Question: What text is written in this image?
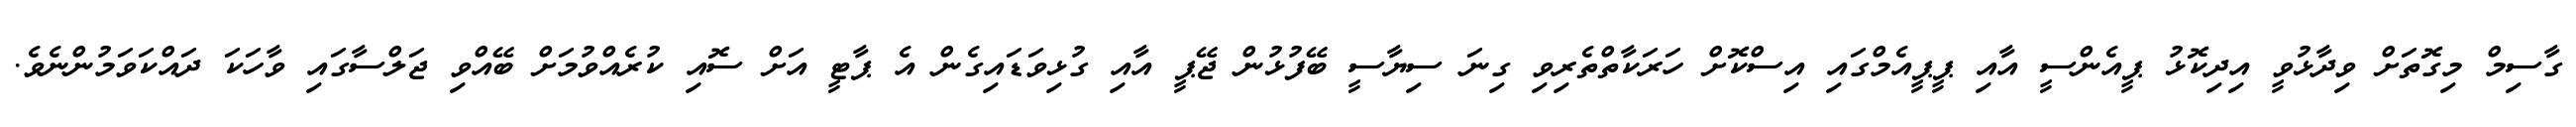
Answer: ގާސިމް މިގޮތަށް ވިދާޅުވީ އިދިކޮޅު ޕީއެންސީ އާއި ޕީޕީއެމްގައި އިސްކޮށް ހަރަކާތްތެރިވި ގިނަ ސިޔާސީ ބޭފުޅުން ޖޭޕީ އާއި ގުޅިވަޑައިގެން އެ ޕާޓީ އަށް ސޮއި ކުރެއްވުމަށް ބޭއްވި ޖަލްސާގައި ވާހަކަ ދައްކަވަމުންނެވެ.